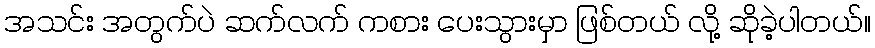
အသင်း အတွက်ပဲ ဆက်လက် ကစား ပေးသွားမှာ ဖြစ်တယ် လို့ ဆိုခဲ့ပါတယ်။